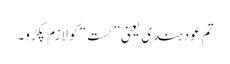
تم عودِ ہندی یعنی ”کست“ کو لازم پکڑو۔